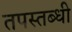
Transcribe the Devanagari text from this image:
तपस्तब्धी